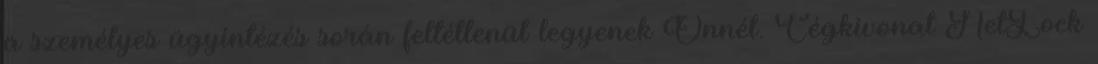
a személyes ügyintézés során feltétlenül legyenek Önnél. Cégkivonat NetLock